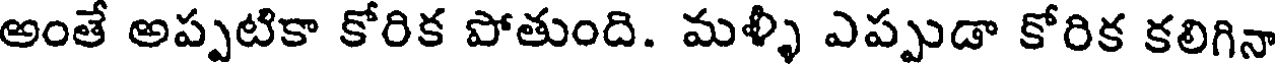
అంతే అప్పటికా కోరిక పోతుంది. మళ్ళీ ఎప్పుడా కోరిక కలిగినా